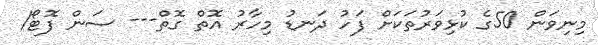
މިނިވަން 50ގެ ކުޅިވަރުތަކަށް ފަހު ދަނޑު މިހާރު އޮތް ގޮތް--- ސަން ފޮޓޯ/